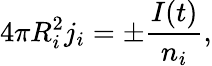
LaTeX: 4\pi R_{i}^{2}j_{i}=\pm\frac{I(t)}{n_{i}},